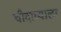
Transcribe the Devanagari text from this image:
चौदाव्याला